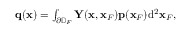
\begin{array} { r } { { \bf q } ( { \bf x } ) = \int _ { \partial \mathbb { D } _ { F } } { \bf Y } ( { \bf x } , { \bf x } _ { F } ) { \bf p } ( { \bf x } _ { F } ) \mathrm { d } ^ { 2 } { \bf x } _ { F } , } \end{array}